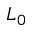
L _ { 0 }